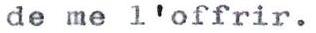
de me l'offrir.